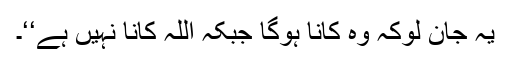
یہ جان لوکہ وہ کانا ہوگا جبکہ اللہ کانا نہیں ہے‘‘۔